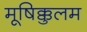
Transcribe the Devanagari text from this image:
मूषिक्कुलम